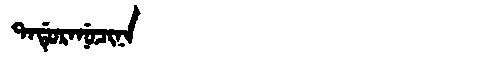
Manchu: ᡨᠠᡩᡠᡵᠠᠨᡠᠴᡳᠨᠠ
Romanization: TADURANUCINA